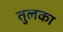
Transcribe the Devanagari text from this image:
तुलका